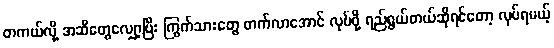
တကယ်လို့ အဆီတွေလျှော့ပြီး ကြွက်သားတွေ တက်လာအောင် လုပ်ဖို့ ရည်ရွယ်တယ်ဆိုရင်တော့ လုပ်ရမယ့်